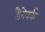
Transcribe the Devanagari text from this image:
डैनेवर्क